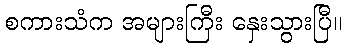
စကားသံက အများကြီး နှေးသွားပြီ။